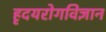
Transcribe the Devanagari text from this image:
हृदयरोगविज्ञान